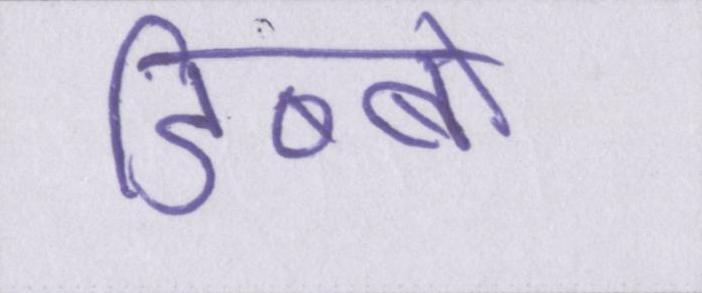
डिब्बों